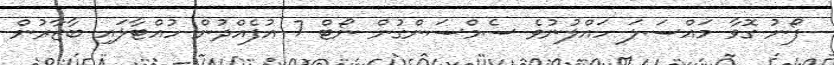
ފޯނު ގޮވާ މައްސަލަ ހައްލުނުވެ ސެމްސަންގުން ނޯޓް 7 އުފެއްދުން ހުއްޓާލައި ބާޒާރުން